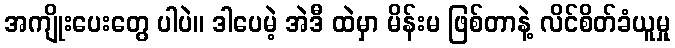
အကျိုးပေးတွေ ပါပဲ။ ဒါပေမဲ့ အဲဒီ ထဲမှာ မိန်းမ ဖြစ်တာနဲ့ လိင်စိတ်ခံယူမှု